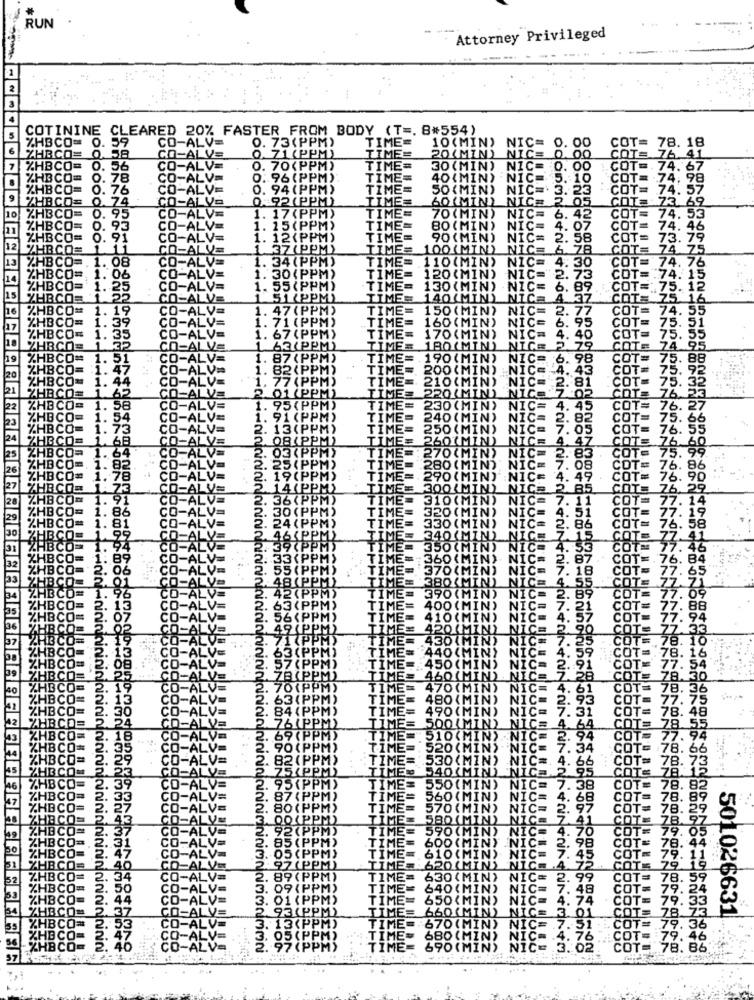
...
RUN
Attorney Privileged
COTININE CLEARED 20% FASTER FROM BODY (T =. 8*554)
ZHB
0. 59
CO-ALV=
0. 73 (PPM)
TIME=
10 (MIN)
NIC=
00
CO=
TIME=
COT= 78. 18
COTS
0.58
CO-ALVs
0. 71 (PPM)
20(MIN) NICE
4
CO=
0. 56
0. 70(PPM)
TIME=
30 (MIN)
.NIC=
00
COT
74
67
CO=
0. 78
. 96 (PPM)
TIME=
40 MIN
NIC
10
COT
98
IBCO=
0. 76
0. 94 (PPM)
TIME=
50 (MIN)
NIC=
23
COT
74
. 57
HBCO=
0.74
0.92 (PPM)
TIME=
73
59
60(MIN) NICE
2.05
GOTa
10
%HBCO=
0. 95
1. 17 (PPM)
TIME=
70 (MIN)
NIC= 6. 42
CO
74.53
HBCO=
0. 93
1. 15(PPM)
TIME=
80 (MIN) NIC= 4.07
co
IBCO=
O.
91
I-ALV=
1. 12(PPM)
TIME=
90 (MIN)
NIC= 2. 58
co
73.79
12
HRCO=
LALVE
1.37 (PPM)
TIME=
100(MIN)
NICE 6.78
COTE
74.75
CO =. 1. 08
1. 34(PPM)
COT= 74. 76
TIME= 110(MIN) NIC= 4.30
HBCO=
1.06
1. 30(PPM)
TIME=
120 (MIN) NIC= 2. 73
COT= 74. 15
2!
55 (PPM)
TIME=
.30 (M
NIC=
6.89
COT= 75.12
1 51 (PPM)
NICE
COT= 75
1. 47 (PPM)
NIC
COT=
74.
:OT
75
CO
75.
74
COT
75.88
76.
58
IC= 4.
"CO'
COT
COT
COT
78.
44
£4.72
99
33
73
501026631
36
46
40
90(
8. 86